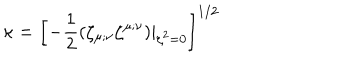
\kappa = \left[ - { \frac { 1 } { 2 } } ( \zeta _ { \mu ; \nu } \zeta ^ { \mu ; \nu } ) | _ { \zeta ^ { 2 } = 0 } \right] ^ { 1 / 2 }